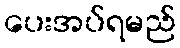
ပေးအပ်ရမည်